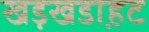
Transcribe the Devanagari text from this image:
खड़खडा़हट